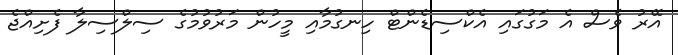
އޭރު ވެސް އެ މަގުގައި އެކްސިޑެންޓް ހިނގުމާއި މީހުން މަރުވުމުގެ ސިލްސިލާ ފެށިއްޖެ